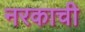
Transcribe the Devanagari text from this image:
नरकाची